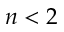
n < 2